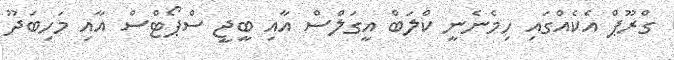
ގްރޫޕް އެކެއްގައި ހިމެނެނީ ކްލަބް އީގަލްސް އާއި ބީޖީ ސްޕޯޓްސް އާއި މަހިބަދޫ